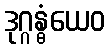
ဒုဂ္ဂန္ဓံယေဝ